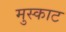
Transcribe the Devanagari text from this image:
मुस्काट